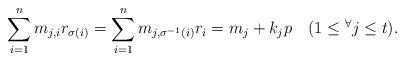
LaTeX: \begin{align*}\sum_{i=1}^n m_{j,i}r_{\sigma(i)}=\sum_{i=1}^n m_{j,\sigma^{-1}(i)}r_{i} =m_j +k_jp\quad(1\le {}^\forall j \le t).\end{align*}